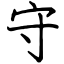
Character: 守